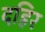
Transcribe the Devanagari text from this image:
दहिर